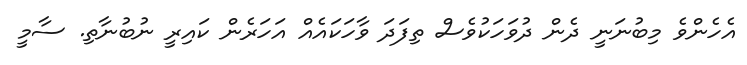
އެހެންވެ މިބުނަނީ ދެން ދުވަހަކުވެސް ތިފަދަ ވާހަކައެއް އަހަރެން ކައިރީ ނުބުނާތި. ސާމީ